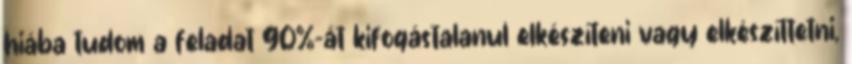
hiába tudom a feladat 90%-át kifogástalanul elkészíteni vagy elkészíttetni,